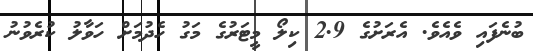
ބުނެފައި ވެއެވެ. އެރަށުގެ 2.9 ކިލޯ މީޓަރުގެ މަގު ހެދުމަށް ހަވާލު ކުރެވުނު